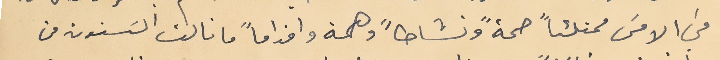
في الامسَ ممتلئاً صحةً ونشاطاً وهمة واقداماً ما نالت السَنون من